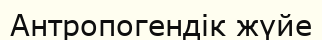
Антропогендік жүйе